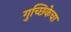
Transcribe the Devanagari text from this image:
गुच्छिकेचा